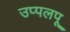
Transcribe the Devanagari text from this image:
उप्पलपू